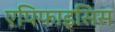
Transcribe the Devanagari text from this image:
एपिफाइसिस